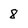
Character: 8